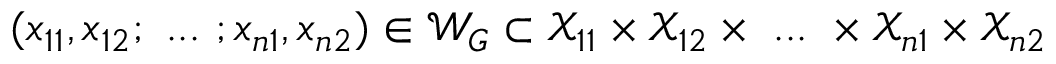
( x _ { 1 1 } , x _ { 1 2 } ; ~ . . . ~ ; x _ { n 1 } , x _ { n 2 } ) \in \mathcal { W } _ { G } \subset \mathcal { X } _ { 1 1 } \times \mathcal { X } _ { 1 2 } \times ~ . . . ~ \times \mathcal { X } _ { n 1 } \times \mathcal { X } _ { n 2 }